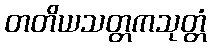
တတိယသတ္တကသုတ္တံ